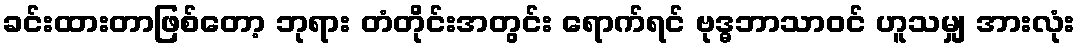
ခင်းထားတာဖြစ်တော့ ဘုရား တံတိုင်းအတွင်း ရောက်ရင် ဗုဒ္ဓဘာသာဝင် ဟူသမျှ အားလုံး